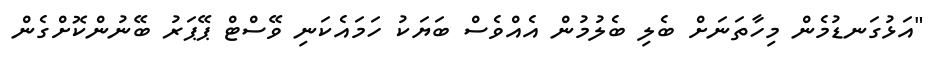
"އަޅުގަނޑުމެން މިހާތަނަށް ބެލި ބެލުމުން އެއްވެސް ބަޔަކު ހަމައެކަނި ވޭސްޓް ޕޭޕަރު ބޭނުންކޮށްގެން